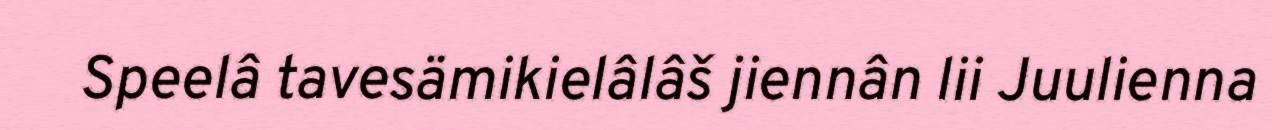
Speelâ tavesämikielâlâš jiennân lii Juulienna